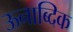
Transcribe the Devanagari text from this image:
ऊनाब्दिक